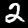
Label: 2